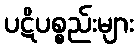
ပဋိပစ္စည်းများ